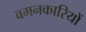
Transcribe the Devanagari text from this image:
वमनकारियों